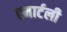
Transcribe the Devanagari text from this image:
स्मार्टली